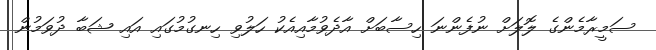
ސަމީރާމެންގެ ލޮލަށް ނުފެންނަ ހިސާބަށް އާދެވުމާއިއެކު ހަލުވި ހިނގުމުގައި އައި ޝަބާ ދުވަމުން